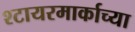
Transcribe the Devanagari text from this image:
श्टायरमार्काच्या